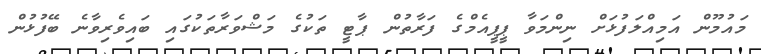
މައުމޫން އަމިއްލަފުޅަށް ނިންމަވާ ޕީޕީއެމްގެ ފަރާތުން ޕާޓީ ތަކުގެ މަޝްވަރާތަކުގައި ބައިވެރިވާނެ ބޭފުޅުން